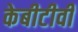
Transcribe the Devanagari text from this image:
केबीटीवी